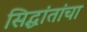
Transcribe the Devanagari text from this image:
सिद्धांतांचा